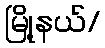
မြို့နယ်/